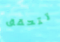
تتحقق